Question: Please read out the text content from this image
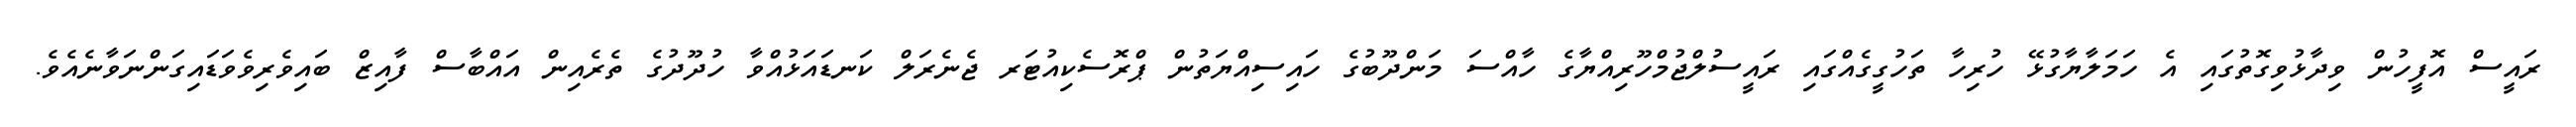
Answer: ރައީސް އޮފީހުން ވިދާޅުވިގޮތުގައި އެ ހަމަލާޔާގުޅޭ ހުރިހާ ތަހުގީގެއްގައި ރައީސުލްޖުމްހޫރިއްޔާގެ ހާއްސަ މަންދޫބުގެ ހައިސިއްޔަތުން ޕްރޮސެކިއުޓަރ ޖެނެރަލް ކަނޑައަޅުއްވާ ހުދޫދުގެ ތެރެއިން އައްބާސް ފާއިޒް ބައިވެރިވެވަޑައިގަންނަވާނެއެވެ.